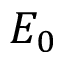
E _ { 0 }